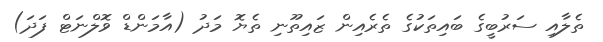
ތެލާއި ސަރުބީގެ ބައިތަކުގެ ތެރެއިން ޒައިތޫނި ތެޔޮ މަދު (އާމަންޑް ވޮލްނަޓް ފަދަ)